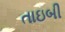
તાઇબી